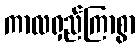
ကာလရှည်ကြာစွာ